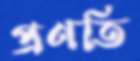
প্রণতি